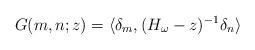
LaTeX: \begin{align*}G(m,n;z)=\langle \delta_m,(H_{\omega}-z)^{-1}\delta_n \rangle\end{align*}